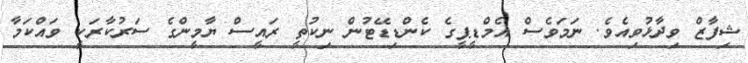
ޝިފާޒް ވިދާޅުވިއެވެ. ނަމަވެސް އެމްޑީޕީގެ ކެންޑިޑޭޓުން ނިކުތީ ރައީސް ޔާމީންގެ ސަރުކާރަކީ ވައްކަމާ